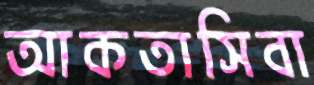
আকতাসিবা